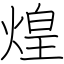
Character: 煌